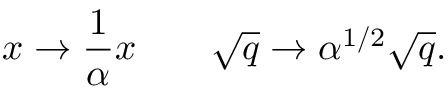
x \rightarrow { \frac { 1 } { \alpha } } x \qquad \sqrt { q } \rightarrow \alpha ^ { { 1 / 2 } } \sqrt { q } .